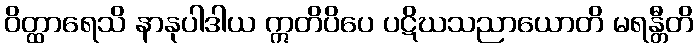
ဝိတ္ထာရေသိ နာနုပါဒါယ ဣတိပိပေ ပဋိဃသညာယောတိ မရန္တီတိ